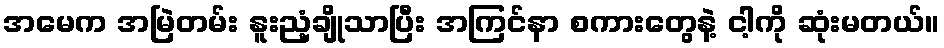
အမေက အမြဲတမ်း နူးညံ့ချိုသာပြီး အကြင်နာ စကားတွေနဲ့ ငါ့ကို ဆုံးမတယ်။